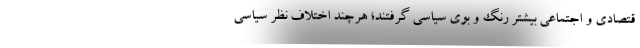
قتصادی و اجتماعی بیشتر رنگ و بوی سیاسی گرفتند؛ هرچند اختلاف نظر سیاسی